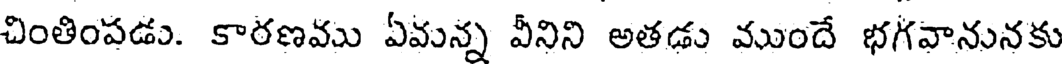
చింతింపడు. కారణము ఏవున్న వీనిని అతడు ముందే భగవానునకు